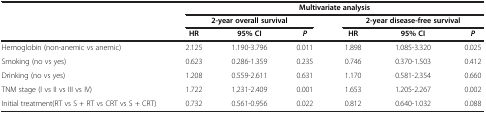
|  | <COLSPAN=6> Multivariate analysis |
 |  | <COLSPAN=3> 2-year overall survival | <COLSPAN=3> 2-year disease-free survival |
 |  | HR | 95% CI | P | HR | 95% CI | P |
 | --- | --- | --- | --- | --- | --- | --- |
 | Hemoglobin (non-anemic vs anemic) | 2.125 | 1.190-3.796 | 0.011 | 1.898 | 1.085-3.320 | 0.025 |
 | Smoking (no vs yes) | 0.623 | 0.286-1.359 | 0.235 | 0.746 | 0.370-1.503 | 0.412 |
 | Drinking (no vs yes) | 1.208 | 0.559-2.611 | 0.631 | 1.170 | 0.581-2.354 | 0.660 |
 | TNM stage (I vs II vs III vs IV) | 1.722 | 1.231-2.409 | 0.001 | 1.653 | 1.205-2.267 | 0.002 |
 | Initial treatment(RT vs S + RT vs CRT vs S + CRT) | 0.732 | 0.561-0.956 | 0.022 | 0.812 | 0.640-1.032 | 0.088 |